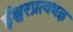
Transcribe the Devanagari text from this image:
ईश्वरप्रत्यभज्ञ